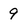
Character: 9